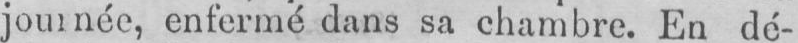
enfermé dans sa chambre. En dé-